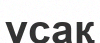
ұсақ